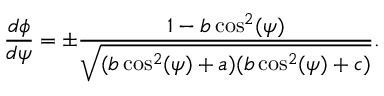
\frac { d \phi } { d \psi } = \pm \frac { 1 - b \cos ^ { 2 } ( \psi ) } { \sqrt { ( b \cos ^ { 2 } ( \psi ) + a ) ( b \cos ^ { 2 } ( \psi ) + c ) } } .